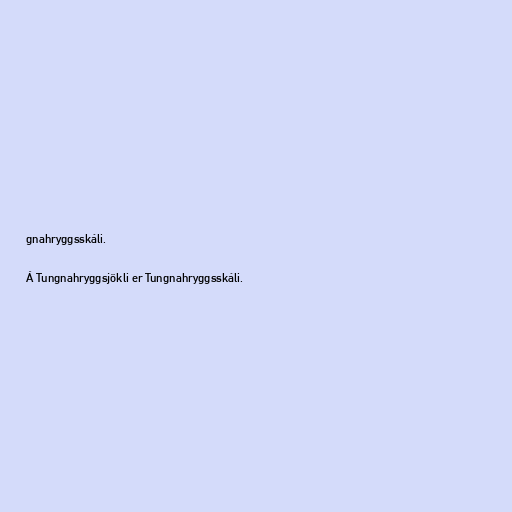
gnahryggsskáli.

Á Tungnahryggsjökli er Tungnahryggsskáli.